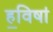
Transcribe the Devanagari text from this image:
ह॒विषा॑